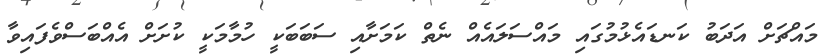
މައްޗަށް އަދަބު ކަނޑައެޅުމުގައި މައްސަލައެއް ނެތް ކަމަށާއި ސަބަބަކީ ހުމާމަކީ ކުށަށް އެއްބަސްވެފައިވާ